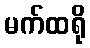
မက်ထရို